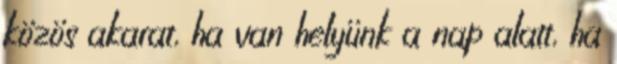
közös akarat, ha van helyünk a nap alatt, ha